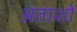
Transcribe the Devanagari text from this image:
अताशों